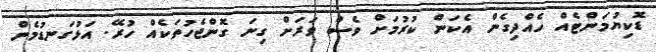
ޑޮކިޔުމަންޓެއް ހެއްދިގެން އެކަން ކުރުމަށް ވެސް ވަރަށް ގިނަ ގޮންޖެހުތަކެއް ހުރޭ. އަޅުގަނޑުމެން